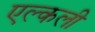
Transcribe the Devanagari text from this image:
एल्कली